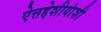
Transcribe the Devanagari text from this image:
ऐत्तद्देशीयांशी